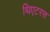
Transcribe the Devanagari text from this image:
थिएटरस